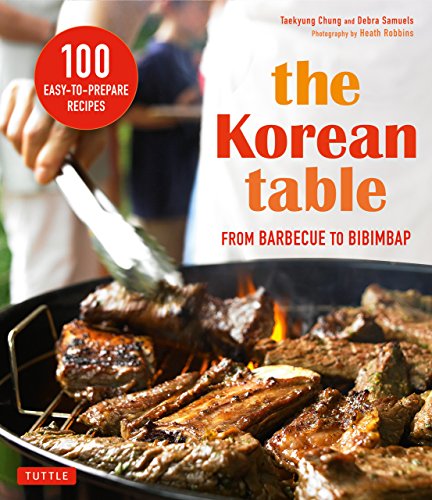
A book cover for The Korean Table: From Barbecue to Bibimbap 100 Easy-To-Prepare Recipes; Taekyung Chung; Cookbooks, Food & Wine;